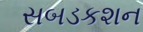
સબડકશન